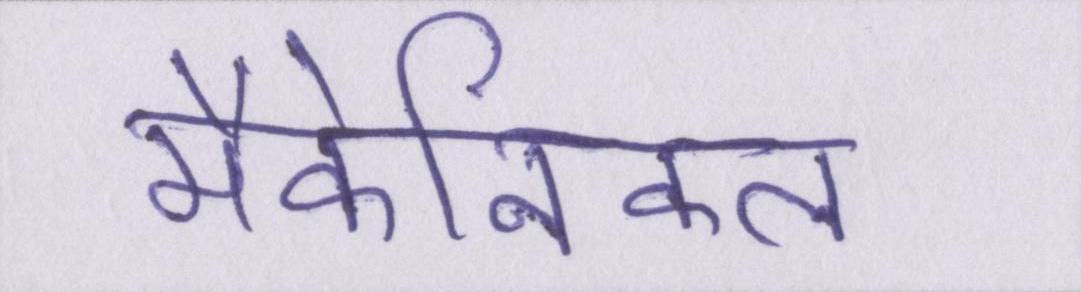
मैकेनिकल